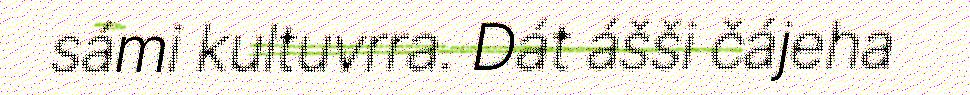
sámi kultuvrra. Dát ášši čájeha